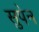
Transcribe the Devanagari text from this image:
सुपेन